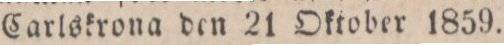
Carlskrona den 21 Oktober 1859.